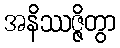
အနိဿဇ္ဇိတွာ